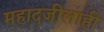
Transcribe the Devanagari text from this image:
महादजीलाही